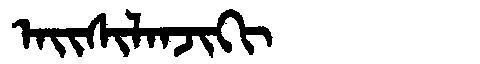
Manchu: ᠠᡳᠰᡳᠯᠠᠨᠵᡳᡴᡳ
Romanization: AISILANJIKI